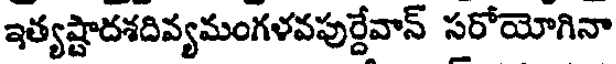
ఇత్యష్టాదశదివ్యమంగళవపుర్దేవాన్ సరోయోగినా